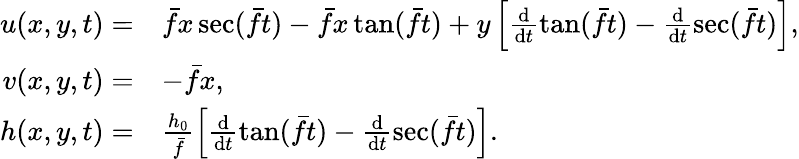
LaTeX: \begin{array}{rl}{u(x,y,t)=}&{\bar{f}x\sec(\bar{f}t)-\bar{f}x\tan(\bar{f}t)+y\left[\frac{\mathrm{d}}{\mathrm{d}t}\tan(\bar{f}t)-\frac{\mathrm{d}}{\mathrm{d}t}\sec(\bar{f}t)\right],}\\ {v(x,y,t)=}&{-\bar{f}x,}\\ {h(x,y,t)=}&{\frac{h_{0}}{\bar{f}}\left[\frac{\mathrm{d}}{\mathrm{d}t}\tan(\bar{f}t)-\frac{\mathrm{d}}{\mathrm{d}t}\sec(\bar{f}t)\right].}\end{array}